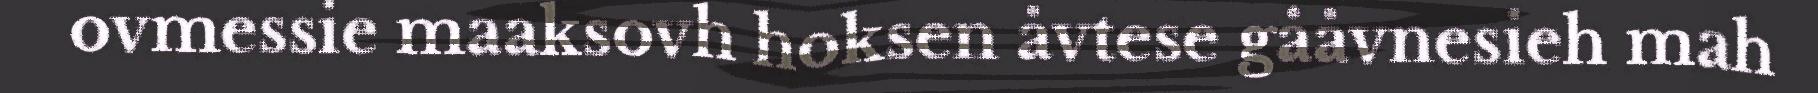
ovmessie maaksovh hoksen åvtese gååvnesieh mah